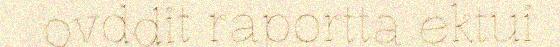
ovddit raportta ektui